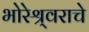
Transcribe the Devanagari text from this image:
भोरेश्र्वराचे